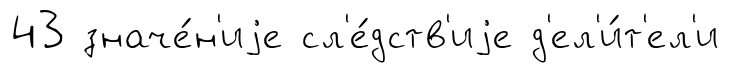
43 значе́н'иjе сл'е́дств'иjе д'ел'и́т'ел'и